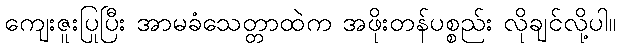
ကျေးဇူးပြုပြီး အာမခံသေတ္တာထဲက အဖိုးတန်ပစ္စည်း လိုချင်လို့ပါ။